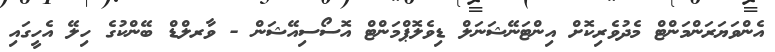
އެންވަޔަރަންމަންޓް މެދުވެރިކޮށް އިންޓަނޭޝަނަލް ޑިވެލޮޕްމަންޓް އޮސޯސިއޭޝަން - ވާރލްޑް ބޭންކުގެ ހިލޭ އެހީގައި